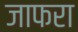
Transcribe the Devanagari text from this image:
जाफरा